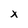
Character: x